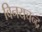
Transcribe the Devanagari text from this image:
विनयचन्द्र